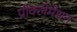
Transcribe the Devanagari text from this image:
प्रोक्लेमेशन